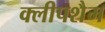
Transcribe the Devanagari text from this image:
क्लीपशैम